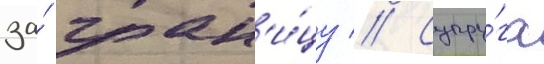
за́ гран'и́цу // Супру́га